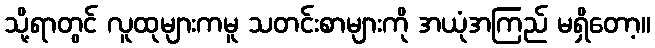
သို့ရာတွင် လူထုများကမူ သတင်းစာများကို အယုံအကြည် မရှိတော့။